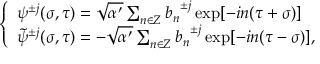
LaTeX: \left\{ \begin{array} { l } { { { \psi } ^ { \pm j } ( \sigma , \tau ) = \sqrt { \alpha ^ { \prime } } \sum _ { n \in Z } { b _ { n } } ^ { \pm j } \exp [ - i n ( \tau + \sigma ) ] } } \\ { { { \tilde { \psi } } ^ { \pm j } ( \sigma , \tau ) = - \sqrt { \alpha ^ { \prime } } \sum _ { n \in Z } { b _ { n } } ^ { \pm j } \exp [ - i n ( \tau - \sigma ) ] , } } \end{array} \right.